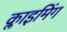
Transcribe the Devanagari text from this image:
क्लाइमिंग